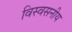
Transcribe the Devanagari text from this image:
विस्वसनीय